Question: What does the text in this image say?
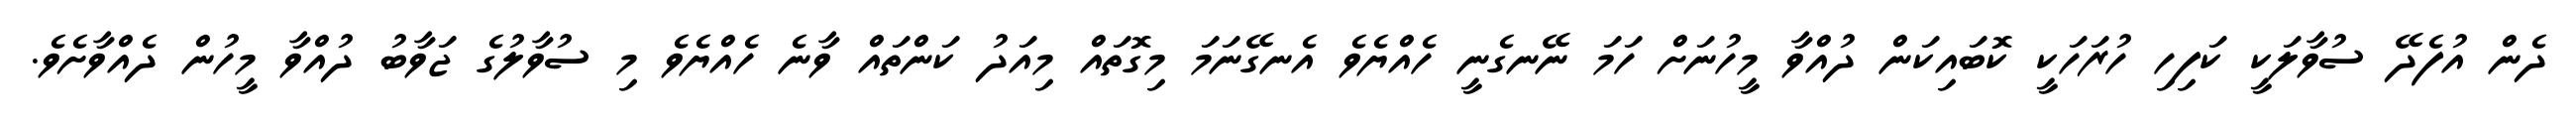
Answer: ދެން އުފެދޭ ސުވާލަކީ ކަފިހި ހުރަހަކީ ކޮބައިކަން ދުއްވާ މީހުނަށް ހަމަ ނޭނގެނީ ހެއްޔެވެ އެނގޭނަމަ މިގޮތައް މިއަދު ކަންތައް ވާނެ ހެއްޔެވެ މި ސުވާލުގެ ޖަވާބު ދުއްވާ މީހުން ދެއްވާށެވެ.